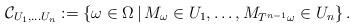
LaTeX: \begin{align*}\mathcal C_{U_1,\dots U_n}:=\left\{\omega\in\Omega\,|\, M_\omega\in U_1,\dots, M_{T^{n-1}\omega}\in U_n \right\}.\end{align*}